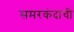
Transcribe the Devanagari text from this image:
समरकंदाची